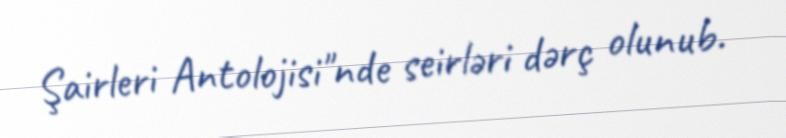
Şairleri Antolojisi"nde seirləri dərç olunub.